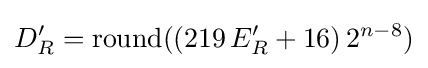
D'_{R}={\mbox{round}}((219\,E'_{R}+16)\,2^{n-8})